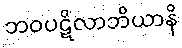
ဘဝပဋိလာဘိယာနိ